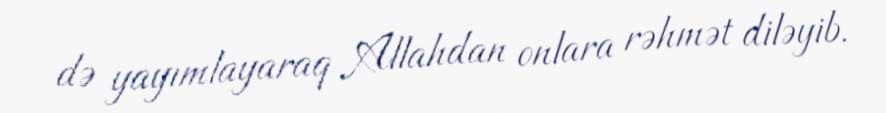
də yayımlayaraq Allahdan onlara rəhmət diləyib.